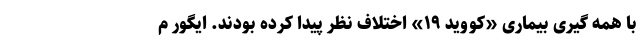
با همه گیری بیماری «کووید ۱۹» اختلاف نظر پیدا کرده بودند. ایگور م